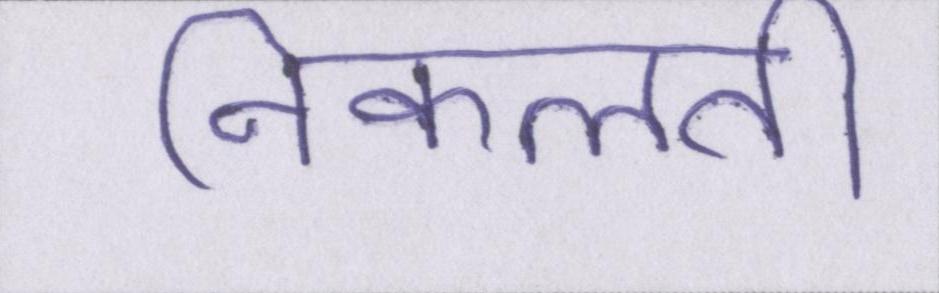
निकलती